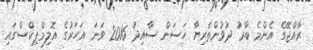
ރާއްޖޭގެ އެންމެ ބާރު ދުވުންތެރިޔާ ހަސަން ސާއިދު 2016 ވަނަ އަހަރުގެ އޮލިމްޕިކްސްގައި